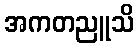
အကတညူသိ